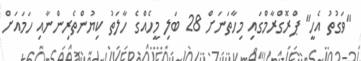
"ވަގުތު އެހީ" ޕްރޮގްރާމްގައި މިހާތަނަށް 28 ބަލި މީހެއްގެ ހާލަތު ކިޔުންތެރިންނާއި ހަމައަށް